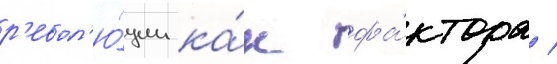
р'евол'ю́ции ка́к фа́ктора /